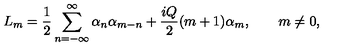
L _ { m } = \frac { 1 } { 2 } \sum _ { n = - \infty } ^ { \infty } \alpha _ { n } \alpha _ { m - n } + \frac { i Q } { 2 } ( m + 1 ) \alpha _ { m } , \qquad m \neq 0 ,